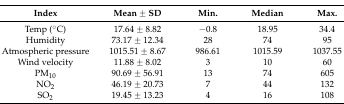
<table><thead><tr><td><b>Index</b></td><td><b>Mean ± SD</b></td><td><b>Min.</b></td><td><b>Median</b></td><td><b>Max.</b></td></tr></thead><tbody><tr><td>Temp (°C)</td><td>17.64 ± 8.82</td><td>−0.8</td><td>18.95</td><td>34.4</td></tr><tr><td>Humidity</td><td>73.17 ± 12.34</td><td>28</td><td>74</td><td>95</td></tr><tr><td>Atmospheric pressure</td><td>1015.51 ± 8.67</td><td>986.61</td><td>1015.59</td><td>1037.55</td></tr><tr><td>Wind velocity</td><td>11.88 ± 8.02</td><td>3</td><td>10</td><td>60</td></tr><tr><td>PM<sub>10</sub></td><td>90.69 ± 56.91</td><td>13</td><td>74</td><td>605</td></tr><tr><td>NO<sub>2</sub></td><td>46.19 ± 20.73</td><td>7</td><td>44</td><td>132</td></tr><tr><td>SO<sub>2</sub></td><td>19.45 ± 13.23</td><td>4</td><td>16</td><td>108</td></tr></tbody></table>